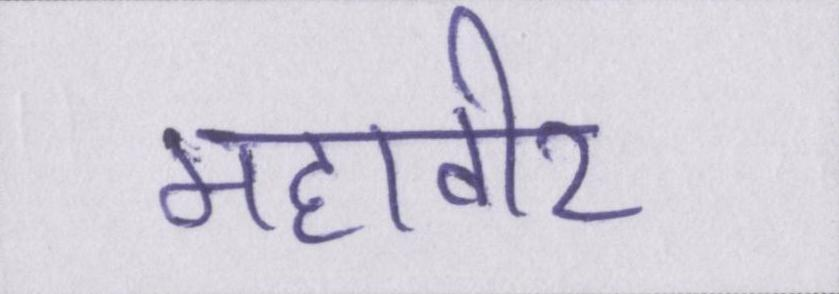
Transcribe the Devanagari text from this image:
महावीर